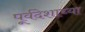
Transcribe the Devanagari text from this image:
पूर्वदेशाच्या